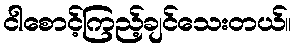
ငါစောင့်ကြည့်ချင်သေးတယ်။